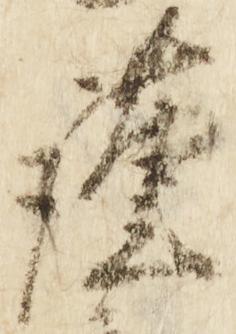
謹